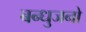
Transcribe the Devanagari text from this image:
बन्धुजनो